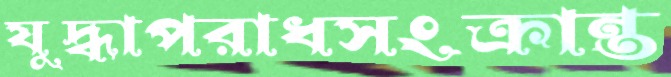
যুদ্ধাপরাধসংক্রান্ত